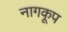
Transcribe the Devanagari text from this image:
नागकूप